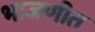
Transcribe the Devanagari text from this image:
भाजणीत